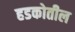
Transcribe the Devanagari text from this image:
हडकोतील